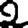
Digit: 2